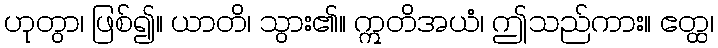
ဟုတွာ၊ ဖြစ်၍။ ယာတိ၊ သွား၏။ ဣတိအယံ၊ ဤသည်ကား။ ဧတ္ထ၊